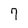
Character: 7